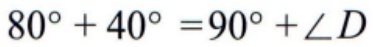
$80^{\circ}+40^{\circ}=90^{\circ}+\angle D$